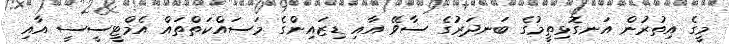
މީގެ އިތުރުން އަނގޮޅިތީމުގެ ބަނދަރުގެ ސާވޭ އާއި ޑިޒައިންގެ މަސައްކަތްތައް އެމްޓީސީސީ އާއި